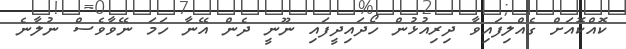
ކޮއްކޮއަށް ގެއްލިފައިވާ ދިރިއުޅުން ހޯދައިދީފައި ނޫނީ ދެން އޭނާ ހަމަ ނޭވާވެސް ނުލާނެ